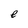
Character: e